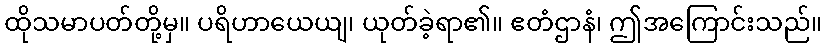
ထိုသမာပတ်တို့မှ။ ပရိဟာယေယျ၊ ယုတ်ခဲ့ရာ၏။ ဧတံဌာနံ၊ ဤအကြောင်းသည်။